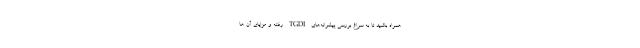
همراه باشید تا به سراغ بررسی پیشرانه‌های TGDI رفته و مزایای آن ها